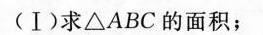
(Ⅰ)求△ABC的面积；